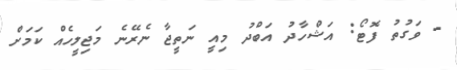
- ވަގުތު ފޮޓޯ: އަޝްހާދު އަބްދު މިއީ ނަތީޖާ ނެރޭނެ މަޖިލީހެއް ކަމަށް